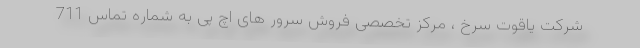
شرکت یاقوت سرخ ، مرکز تخصصی فروش سرور های اچ پی به شماره تماس 711